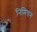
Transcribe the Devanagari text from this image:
निमियन